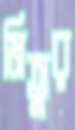
মিতুর